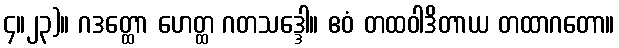
၄။၂၃)။ ဂဒတ္ထော ဟေတ္ထ ဂတသဒ္ဒေါ။ ဧဝံ တထဝါဒိတာယ တထာဂတော။